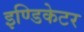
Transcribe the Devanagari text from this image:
इण्डिकेटर